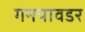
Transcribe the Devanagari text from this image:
गनपावडर